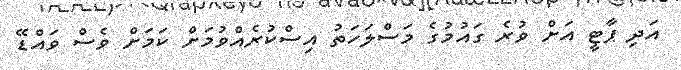
އަދި ޕާޓީ އަށް ވުރެ ގައުމުގެ މަސްލަހަތު އިސްކުރެއްވުމަށް ކަމަށް ވެސް ވައްޑޭ